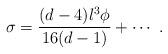
LaTeX: \begin{align*}\sigma = \frac{(d-4) l^3 \phi}{16(d-1)} + \cdots~.\end{align*}